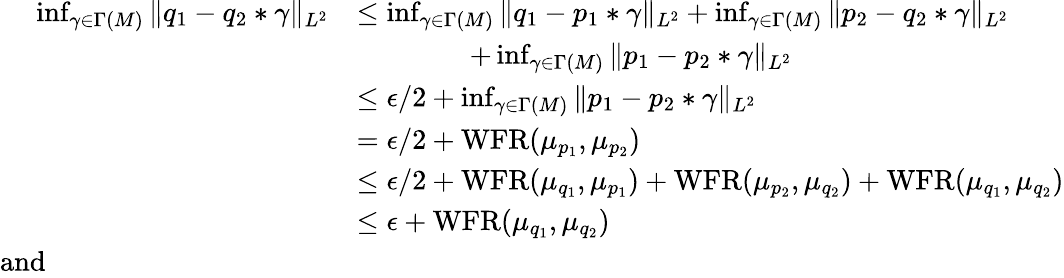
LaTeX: \begin{array}{rl}{\operatorname*{inf}_{\gamma\in\Gamma(M)}\| q_{1}-q_{2}*\gamma\| _{L^{2}}}&{\leq\operatorname*{inf}_{\gamma\in\Gamma(M)}\| q_{1}-p_{1}*\gamma\| _{L^{2}}+\operatorname*{inf}_{\gamma\in\Gamma(M)}\| p_{2}-q_{2}*\gamma\| _{L^{2}}}\\ &{\qquad\qquad+\operatorname*{inf}_{\gamma\in\Gamma(M)}\| p_{1}-p_{2}*\gamma\| _{L^{2}}}\\ &{\leq\epsilon/2+\operatorname*{inf}_{\gamma\in\Gamma(M)}\| p_{1}-p_{2}*\gamma\| _{L^{2}}}\\ &{=\epsilon/2+\operatorname{WFR}(\mu_{p_{1}},\mu_{p_{2}})}\\ &{\leq\epsilon/2+\operatorname{WFR}(\mu_{q_{1}},\mu_{p_{1}})+\operatorname{WFR}(\mu_{p_{2}},\mu_{q_{2}})+\operatorname{WFR}(\mu_{q_{1}},\mu_{q_{2}})}\\ &{\leq\epsilon+\operatorname{WFR}(\mu_{q_{1}},\mu_{q_{2}})}\\ {\mathrm{and}\qquad\qquad\qquad\qquad\qquad}\end{array}